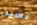
تشين